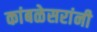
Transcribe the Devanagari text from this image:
कांबळेसरांनी